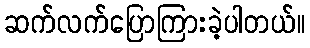
ဆက်လက်ပြောကြားခဲ့ပါတယ်။